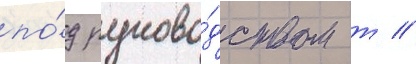
по́д руково́дством т //